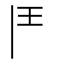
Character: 𩰋